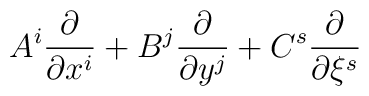
A^{i}\frac{\partial}{\partial x^{i}} + B^{j}\frac{\partial}{\partial y^{j}} + C^{s}\frac{\partial}{\partial \xi^{s}}